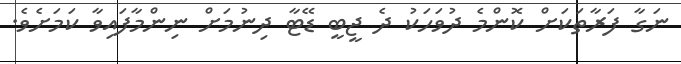
ނަގާ ފަރާތަކަށް ކޮންމެ ދުވަހަކު ދެ ޖީބީ ޑޭޓާ ދިނުމަށް ނިންމާފައިވާ ކަމަށެވެ.